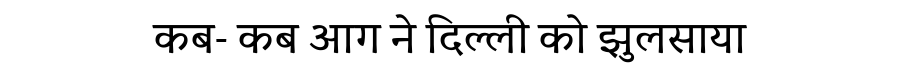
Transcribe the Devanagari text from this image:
कब- कब आग ने दिल्ली को झुलसाया